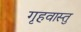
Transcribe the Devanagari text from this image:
गृहवास्तु